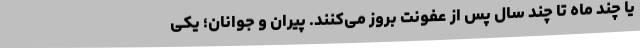
یا چند ماه تا چند سال پس از عفونت بروز می‌کنند. پیران و جوانان؛ یکی